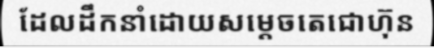
ដែលដឹកនាំដោយសម្តេចតេជោហ៊ុន